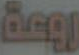
روعة